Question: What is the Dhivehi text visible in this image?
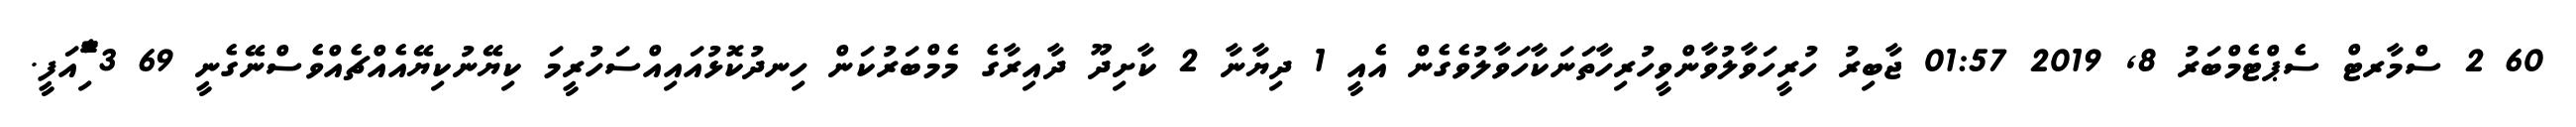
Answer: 60 2 ސްމާރޓް ސެޕްޓެމްބަރު 8, 2019 01:57 ޖާބިރު ހުރީހަވާލުވާންވީހުރިހާތަނަކާހަވާލުވެގެން އެއީ 1 ދިޔާނާ 2 ކާށިދޫ ދާއިރާގެ މެމްބަރުކަން ހިނދުކޮޅުއައިއްސަހުރީމަ ކިޔޭނުކިޔޭއެއްޗެއްވެސްނޭގެނީ 69 3 ާަަަަަެެެޮޮިުއަފީ.